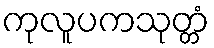
ကုလူပကသုတ္တံ